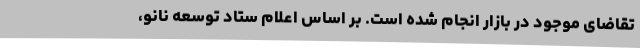
تقاضای موجود در بازار انجام شده است. بر اساس اعلام ستاد توسعه نانو،